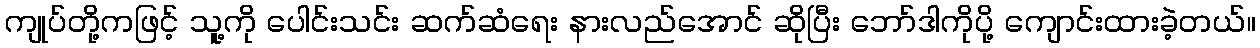
ကျုပ်တို့ကဖြင့် သူ့ကို ပေါင်းသင်း ဆက်ဆံရေး နားလည်အောင် ဆိုပြီး ဘော်ဒါကိုပို့ ကျောင်းထားခဲ့တယ်။